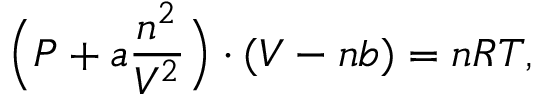
\Big ( P + a \frac { n ^ { 2 } } { V ^ { 2 } } \Big ) \cdot ( V - n b ) = n R T ,